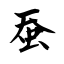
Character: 蚕